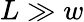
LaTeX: L\gg w